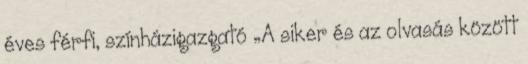
éves férfi, színházigazgató „A siker és az olvasás között